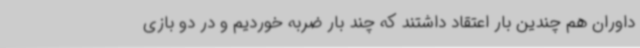
داوران هم چندین بار اعتقاد داشتند که چند بار ضربه خوردیم و در دو بازی